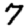
Digit: 7